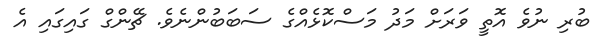
ބުރި ނުވެ އޮތީ ވަރަށް މަދު މަސްކޮޅެއްގެ ސަބަބުންނެވެ. ޗޭންގް ގައިގައި އެ